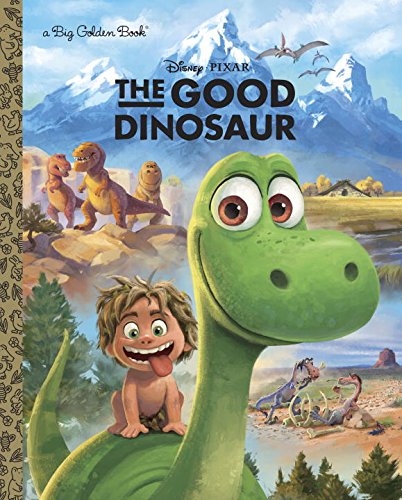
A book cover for The Good Dinosaur Big Golden Book (Disney/Pixar The Good Dinosaur); RH Disney; Children's Books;